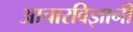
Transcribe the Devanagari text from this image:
आचारविज्ञानी